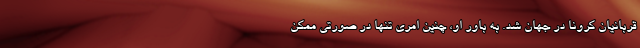
قربانیان کرونا در جهان شد. به باور او، چنین امری تنها در صورتی ممکن